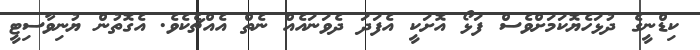
ކިޑްނީގެ ދުޅަހެޔޮކަމަށްވެސް ފަޅޯ އޮށަކީ އެފަދަ ދެވަނައެެއް ނެތް އެއްޗެކެވެ. އެގޮތުން ޔުނިވާސިޓީ